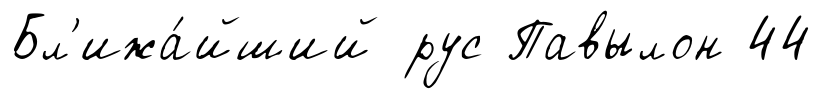
Бл'ижа́йший рус Павылон 44